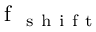
\mathrm { ~ f ~ } _ { \mathrm { ~ s ~ h ~ i ~ f ~ t ~ } }